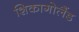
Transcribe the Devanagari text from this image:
शिकागोलैंड